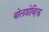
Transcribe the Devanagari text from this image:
बोलशेव्हिक